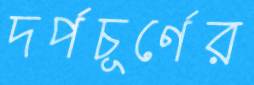
দর্পচূর্ণের